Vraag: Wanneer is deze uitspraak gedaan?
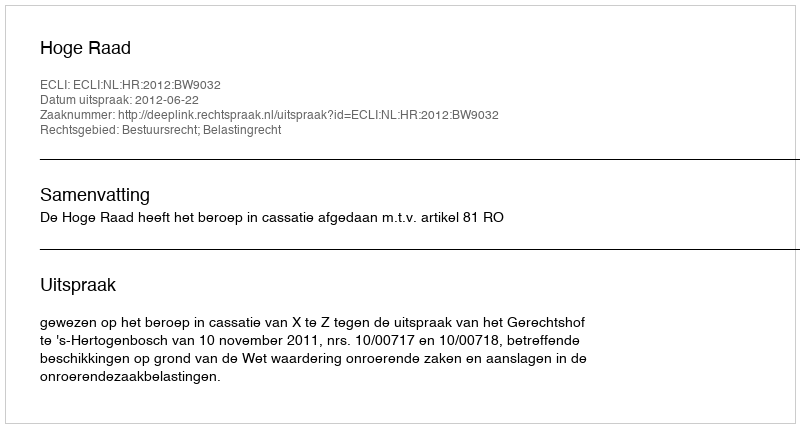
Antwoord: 2012-06-22